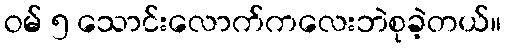
ဝမ် ၅ သောင်းလောက်ကလေးဘဲစုခဲ့တယ်။